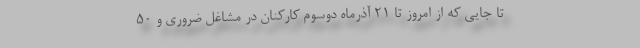
تا جایی که از امروز تا ۲۱ آذرماه دوسوم کارکنان در مشاغل ضروری و ۵۰